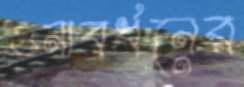
গুনাবর্ধনের